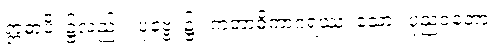
ဣဓာပိ၊ ၌လည်း။ ပုဗ္ဗေ၊ ၌။ ကတာဓိကာဂရဿ၊ သော။ ပုညဝတော၊